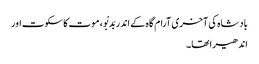
بادشاہ کی آخری آرام گاہ کے اندر بَدبْو، موت کا سکوت اور
اندھیرا تھا۔